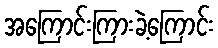
အကြောင်းကြားခဲ့ကြောင်း